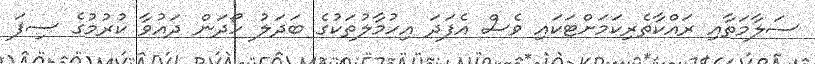
ސަލާމަތާއި ރައްކާތެރިކަމަށްޓަކައި ވެސް އެފަދަ އިހުމާލުތަކުގެ ބަދަލު ހޯދަން ދައުވާ ކުރުމުގެ ސިފަ